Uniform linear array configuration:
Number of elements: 64
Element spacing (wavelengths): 0.5
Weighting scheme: blackman
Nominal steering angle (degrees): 60
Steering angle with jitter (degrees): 59.851
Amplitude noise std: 0.05
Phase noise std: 0.05

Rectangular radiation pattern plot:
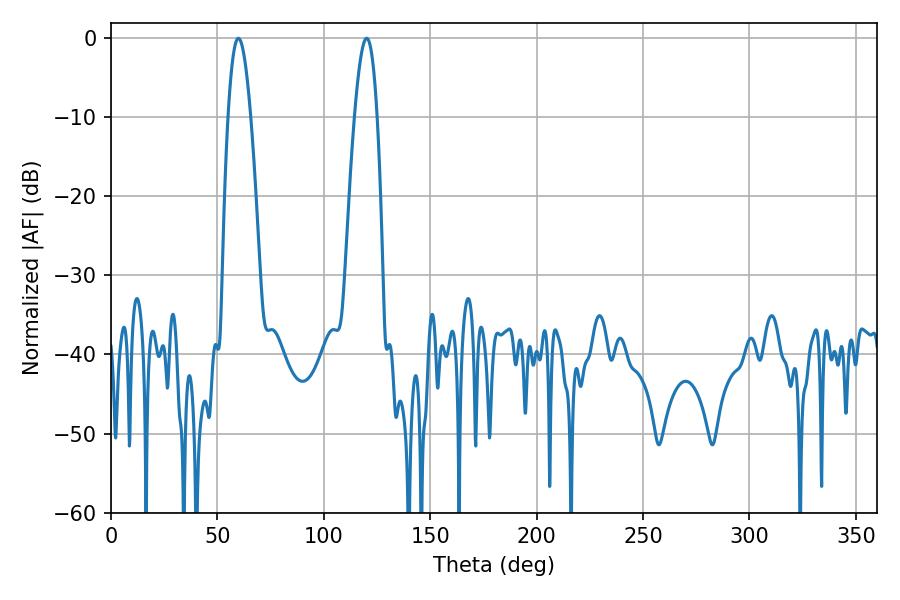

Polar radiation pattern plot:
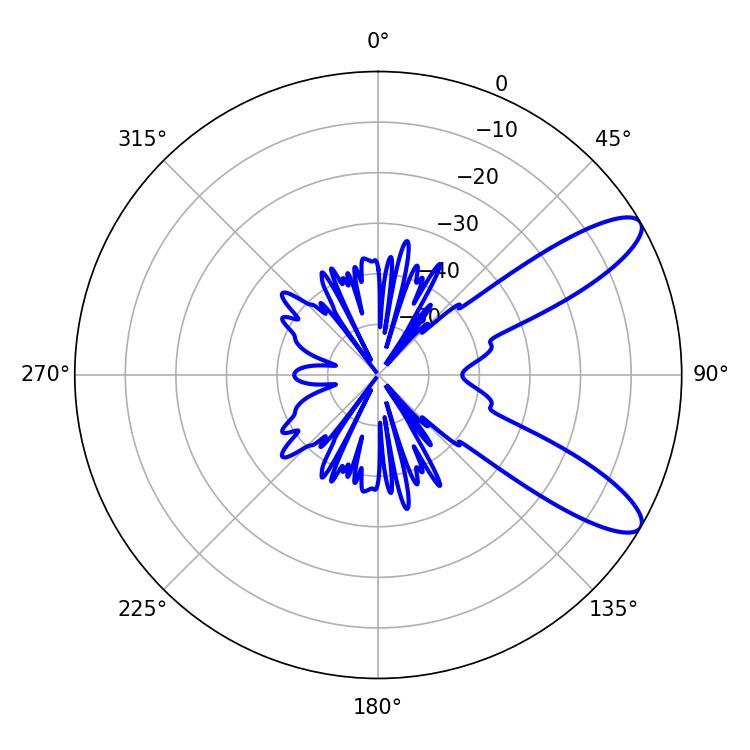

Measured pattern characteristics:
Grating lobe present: FALSE
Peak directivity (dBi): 10.204
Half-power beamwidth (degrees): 5.76
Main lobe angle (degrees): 59.94